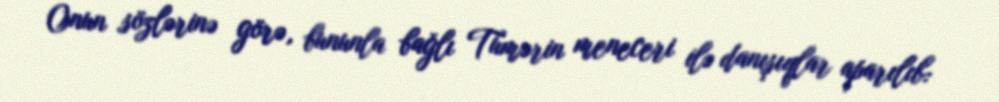
Onun sözlərinə görə, bununla bağlı Tümərin meneceri ilə danışıqlar aparılıb: